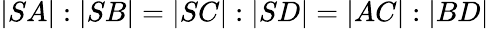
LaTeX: |SA|:|SB|=|SC|:|SD|=|AC|:|BD|